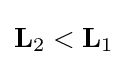
{\textstyle \mathbf {L} _{2}<\mathbf {L} _{1}}